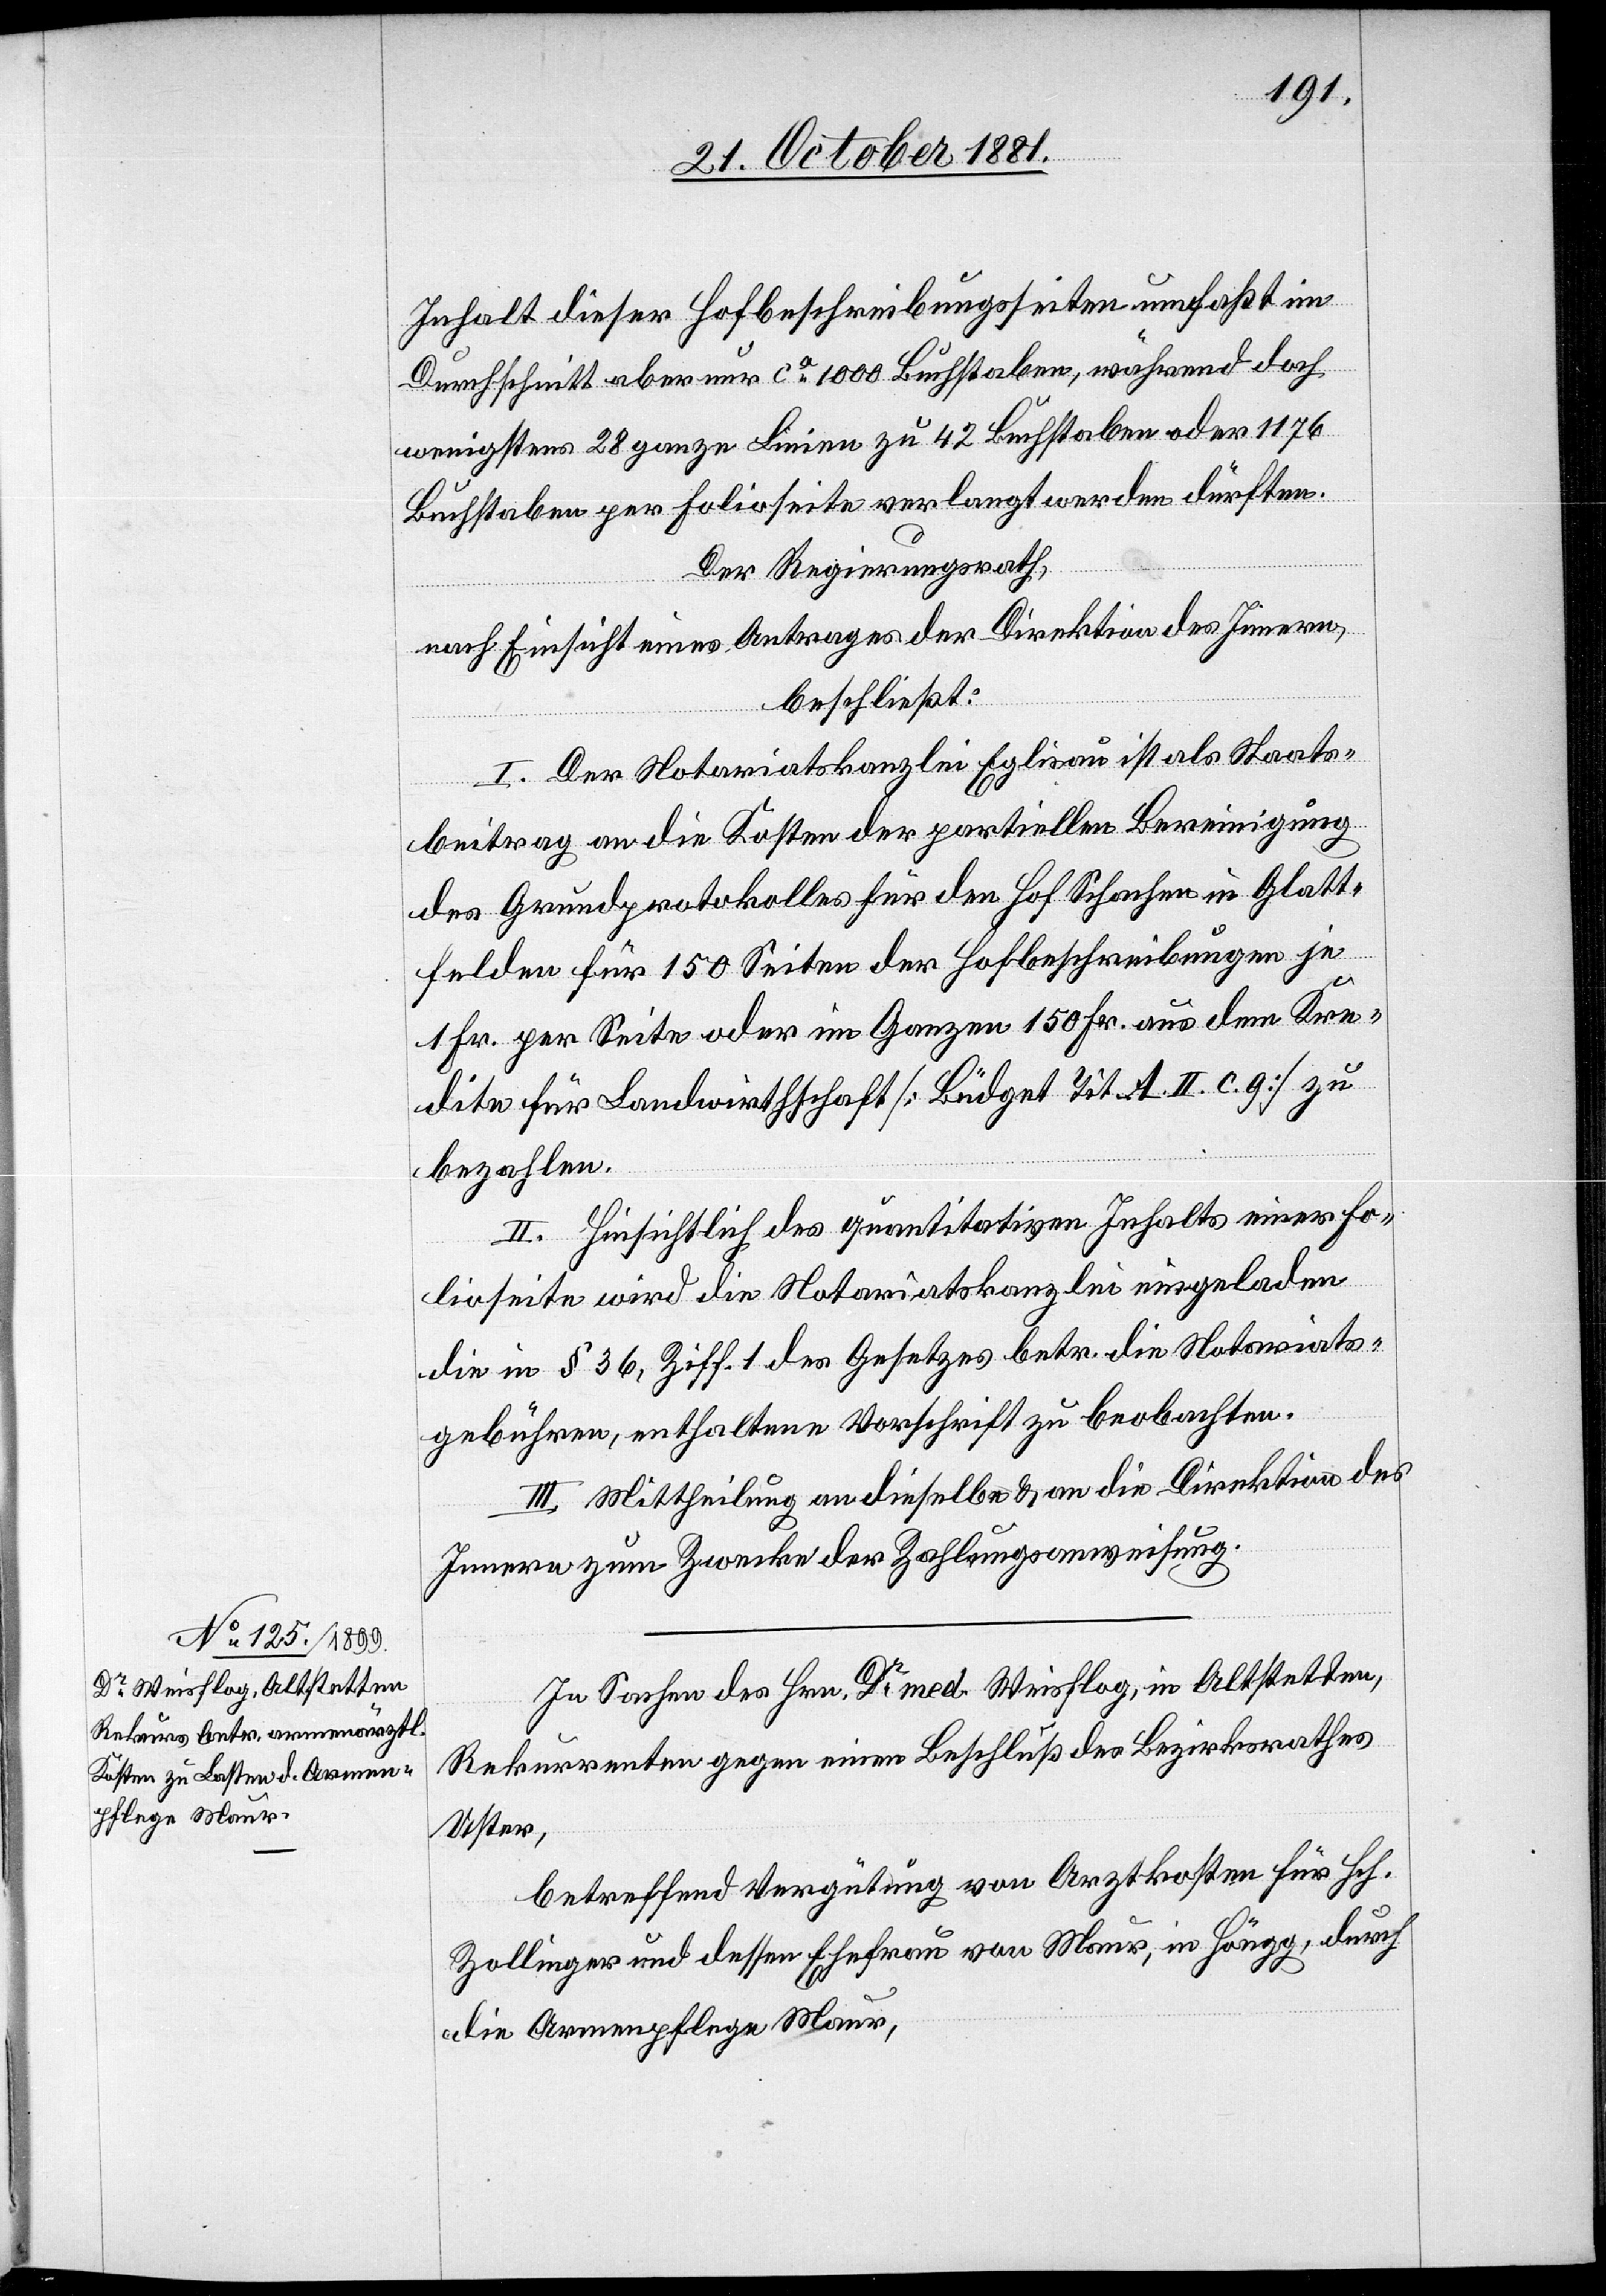
Inhalt dieser Hofbeschreibungsseiten umfaßt im
Durchschnitt aber nur ca 1000 Buchstaben, während doch
wenigstens 28 ganze Linien zu 42 Buchstaben oder 1176
Buchstaben per Folioseite verlangt werden dürften.
Der Regierungsrath,
nach Einsicht eines Antrages der Direktion des Innern,
beschließt:
I. Der Notariatskanzlei Eglisau ist als Staats¬
beitrag an die Kosten der partiellen Bereinigung
des Grundprotokolles für den Hof Schachen in Glatt¬
felden für 150 Seiten der Hofbeschreibungen je
1 Fr. per Seite oder im Ganzen 150 Fr. aus dem Kre¬
dite für Landwirthschaft [Büdget Tit. A. II. c. g] zu
bezahlen.
II. Hinsichtlich des quantitativen Inhalts einer Fo¬
lioseite wird die Notariatskanzlei eingeladen
die in § 36, Ziff. 1 des Gesetzes betr. die Notariats¬
gebühren, enthaltene Vorschrift zu beobachten.
III. Mittheilung an dieselbe & an die Direktion des
Innern zum Zwecke der Zahlungsanweisung.
In Sachen des Hrn. Dr med. Weisflog, Altstetten,
Rekurrenten gegen einen Beschluß des Bezirksrathes
Uster,
betreffend Vergütung von Arztkosten für Hch.
Zollinger und dessen Ehefrau von Maur, in Höngg, durch
die Armenpflege Maur,